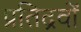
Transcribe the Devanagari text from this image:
प्रतिद्रवों